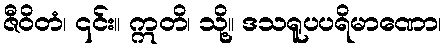
ဇီဝိတံ၊ ၎င်း။ ဣတိ၊ သို့။ ဒသရူပပရိမာဏော၊